Jaan_Tonisson_(Lasteleht), lk 142
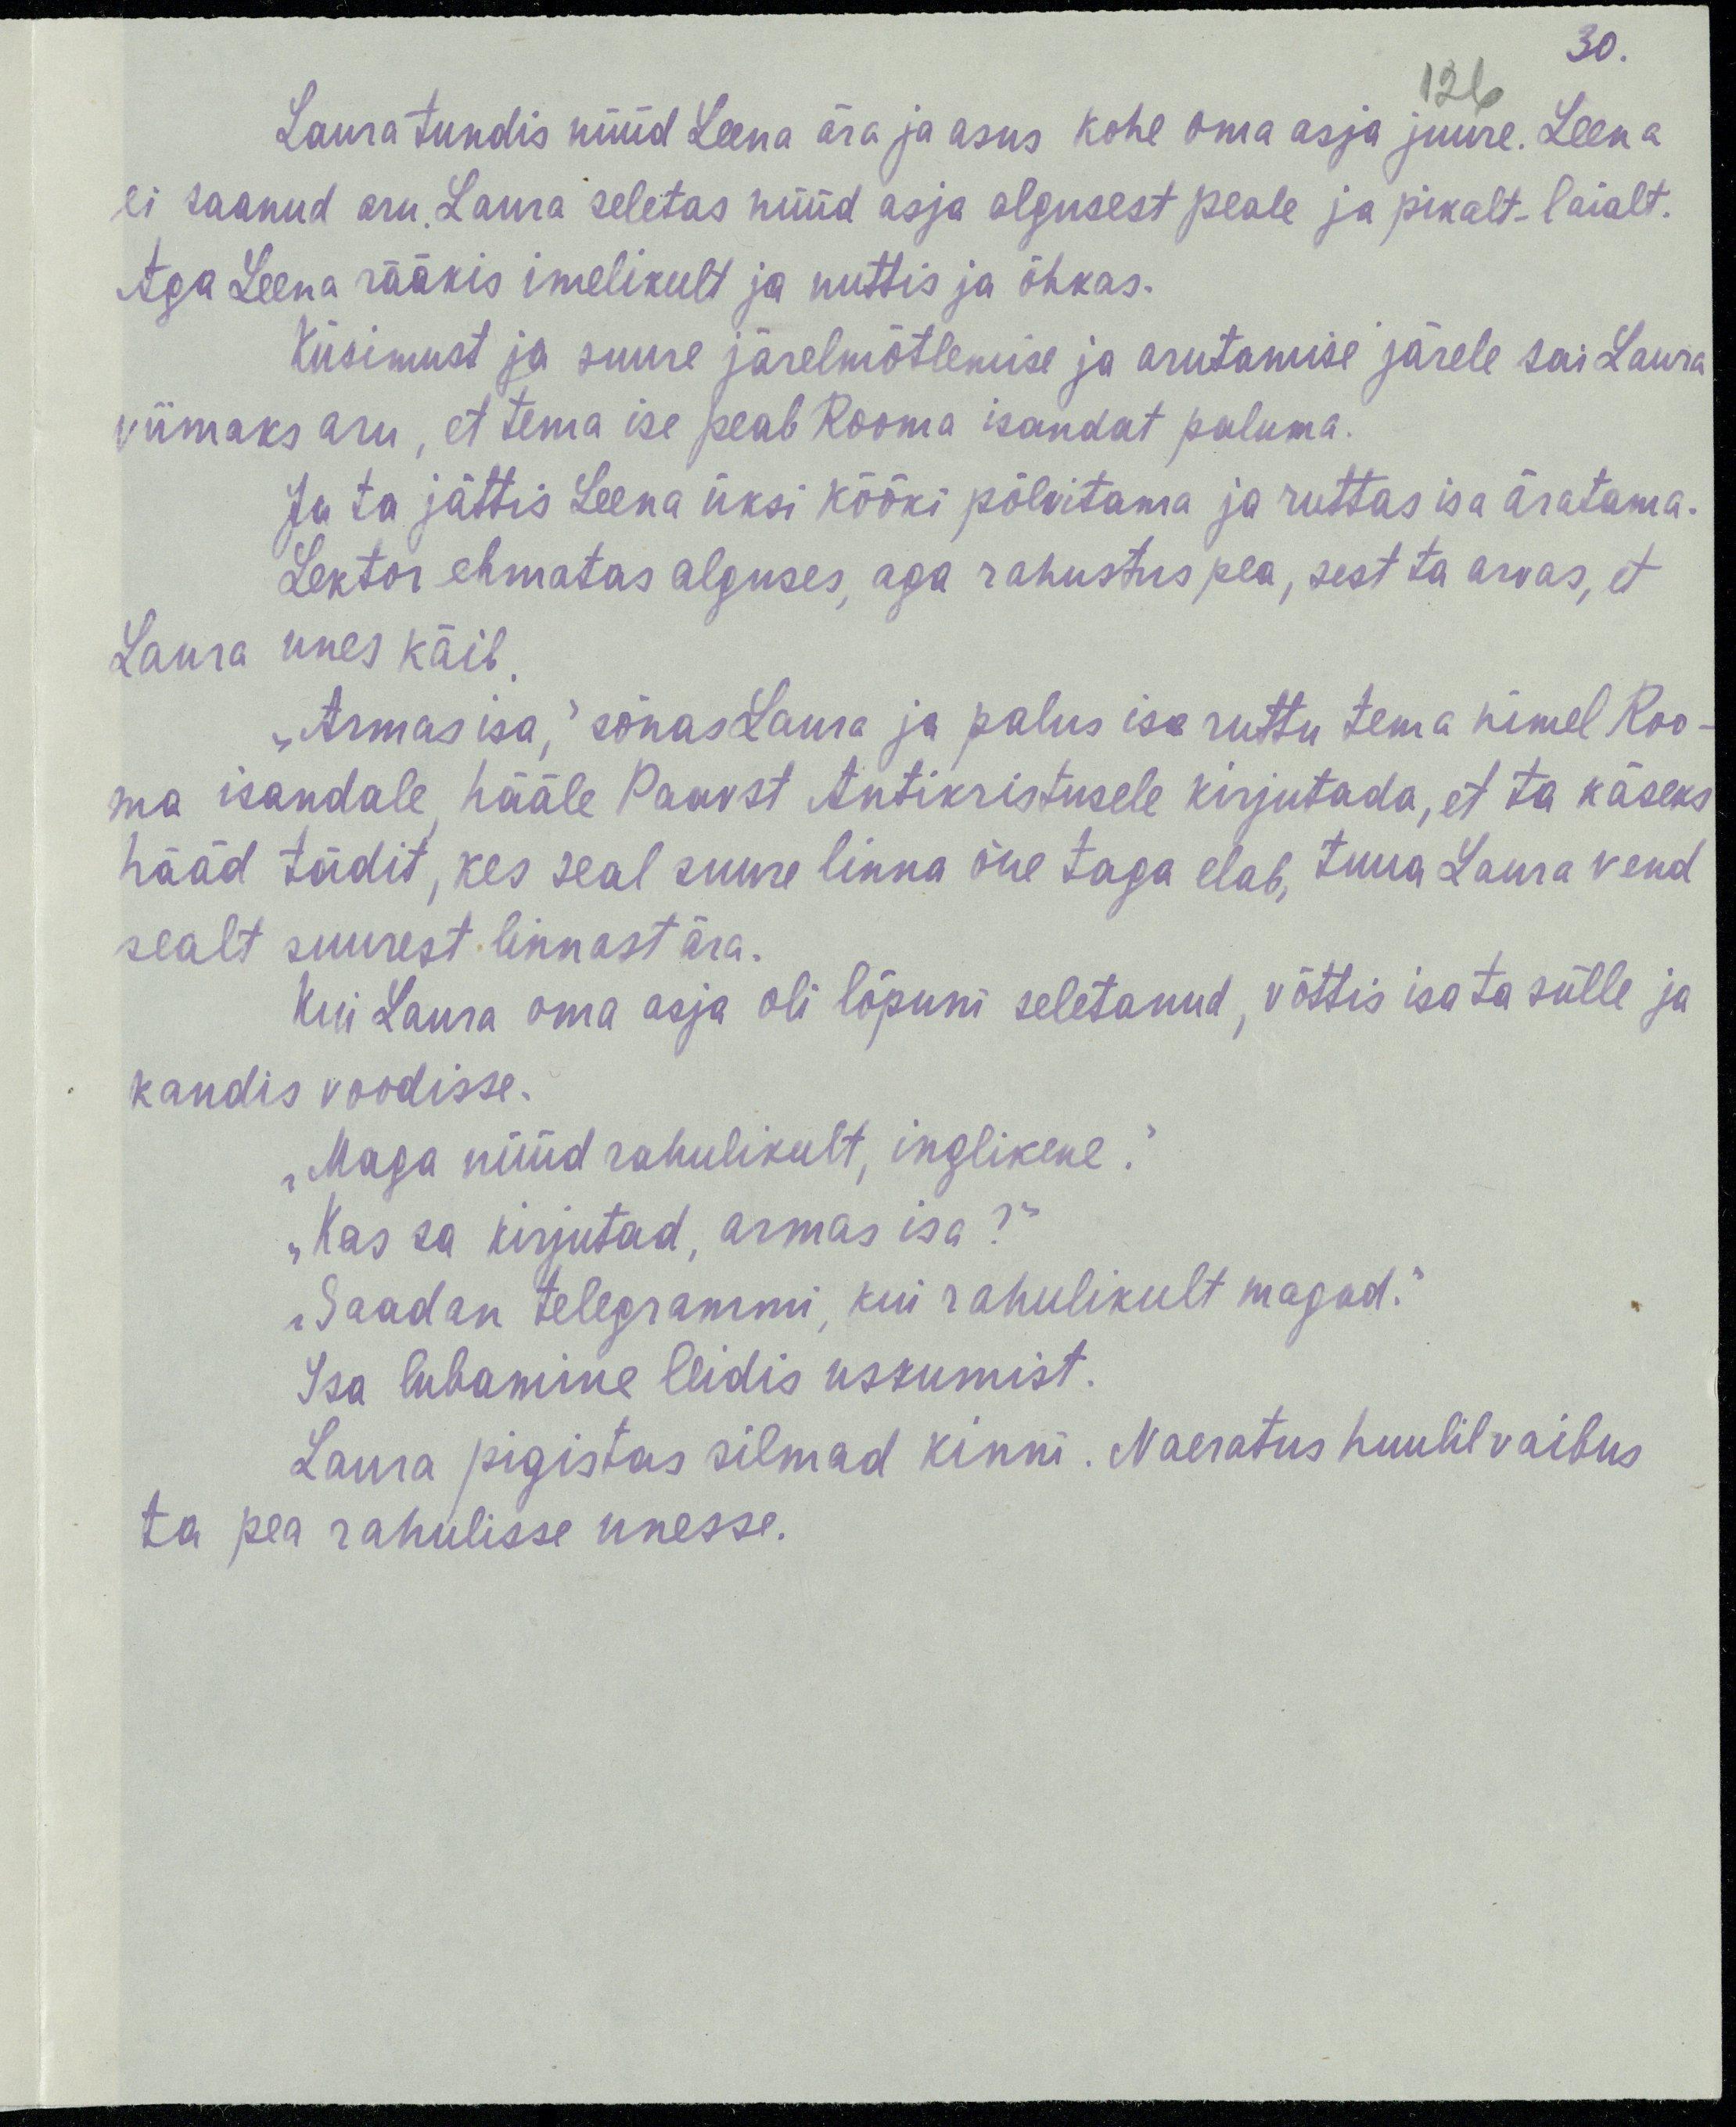
30.
126
Laura tundis nüüd Leena ära ja asus kohe oma asja juure. Leena
ei saanud aru. Laura seletas nüüd asja algusest peale ja pikalt-laialt.
Aga Leena rääkis imelikult ja nuttis ja õhkas.
Küsimust ja suure järelmõtlemise ja arutamise järele sai Laura
viimaks aru, et tema ise peab Rooma isandat paluma.
Ja ta jättis Leena üksi kööki põlvitama ja ruttas isa äratama.
Lektor ehmas alguses, aga rahustus pea, sest ta arvas, et
Laura unes käib.
„Armas isa,“ sõnas Laura ja palus isa ruttu tema nimel Roo-
ma isandale hääle Paavst Antikristusele kirjutada, et ta käseks
hääd tädit, kes seal suure linna õue taga elab, tuua Laura vend
sealt suurest linnast ära.
Kui Laura oma asja oli lõpuni seletanud, võttis isa ta sülle ja
kandis voodisse.
„Maga nüüd rahulikult, inglikene.“
„Kas sa kirjutad, armas isa?“
„Saadan telegrammi, kui rahulikult magad.“
Isa lubamine leidis uskumist.
Laura pigistas silmad kinni. Naeratus huulil vaibus
ta pea rahulisse unesse.